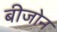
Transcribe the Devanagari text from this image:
बीजोन